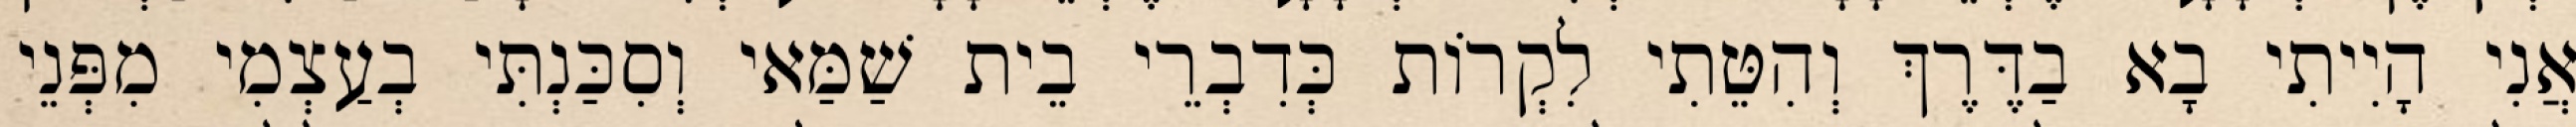
אֲנִי הָיִיתִי בָא בַדֶּרֶךְ וְהִטֵּתִי לִקְרוֹת כְּדִבְרֵי בֵית שַׁמַּאי וְסִכַּנְתִּי בְעַצְמִי מִפְּנֵי